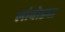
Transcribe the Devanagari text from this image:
लांबोड्या